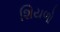
શિયળો